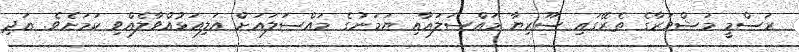
ރަސްމީ މަޝްވަރާގެ ތެރޭގައި ސޫރިޔާ މައްސަލައާއި ޔަމަނުގެ މައްސަލައަށް އަލިއަޅުއްވާލެއްވި ކަމަށެވެ. އަދި